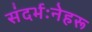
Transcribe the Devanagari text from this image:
संदर्भःनेहरू